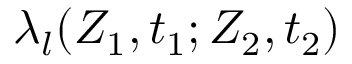
\lambda _ { l } ( Z _ { 1 } , t _ { 1 } ; Z _ { 2 } , t _ { 2 } )